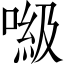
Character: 𠺻